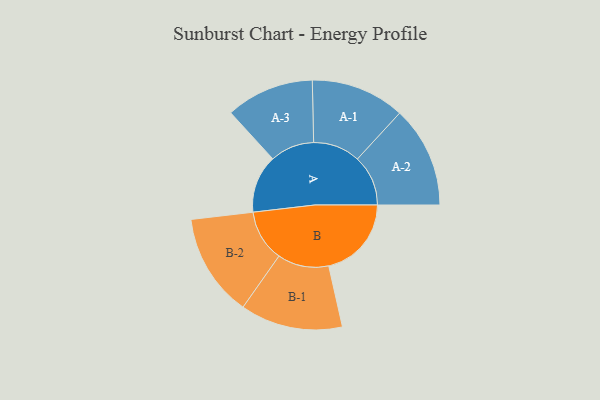
{"axis": {"x": "Segment", "y": "Value"}, "legend": ["", "A", "B"], "data": [{"x": "A", "y": 326, "type": ""}, {"x": "B", "y": 465, "type": ""}, {"x": "A-1", "y": 264, "type": "A"}, {"x": "A-2", "y": 285, "type": "A"}, {"x": "A-3", "y": 248, "type": "A"}, {"x": "B-1", "y": 288, "type": "B"}, {"x": "B-2", "y": 290, "type": "B"}]}